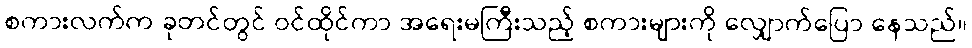
စကားလက်က ခုတင်တွင် ဝင်ထိုင်ကာ အရေးမကြီးသည့် စကားများကို လျှောက်ပြော နေသည်။